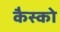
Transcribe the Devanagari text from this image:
कैस्को